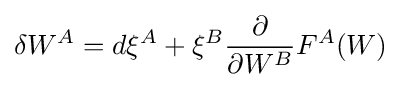
\delta W^{A}=d\xi ^{A}+\xi ^{B}{\frac {\partial }{\partial W^{B}}}F^{A}(W)